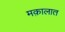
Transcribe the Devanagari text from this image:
मक़ालात